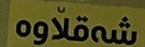
شەقلاوە